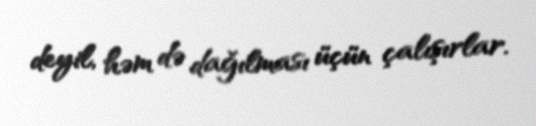
deyil, həm də dağılması üçün çalışırlar.